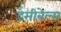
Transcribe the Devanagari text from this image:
डेसीबेल्स